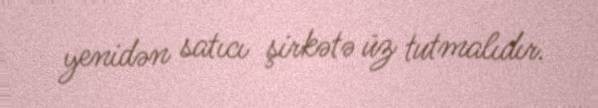
yenidən satıcı şirkətə üz tutmalıdır.